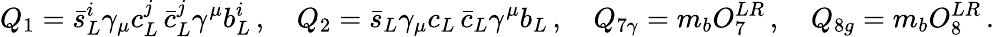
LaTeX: Q_{1}=\bar{s}_{L}^{i}\gamma_{\mu}c_{L}^{j}\, \bar{c}_{L}^{j}\gamma^{\mu}b_{L}^{i}\, ,\quad Q_{2}=\bar{s}_{L}\gamma_{\mu}c_{L}\, \bar{c}_{L}\gamma^{\mu}b_{L}\, ,\quad Q_{7\gamma}=m_{b}O_{7}^{LR}\, ,\quad Q_{8g}=m_{b}O_{8}^{LR}\, .